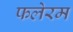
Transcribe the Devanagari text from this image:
फलेरम